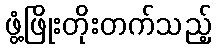
ဖွံ့ဖြိုးတိုးတက်သည့်